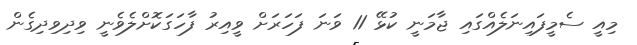
މިއީ ސެމީފައިނަލެއްގައި ޖާމަނީ ކުޅޭ 11 ވަނަ ފަހަރަށް ވީއިރު ފާހަގަކޮށްލެވެނީ ވިދިވިދިގެން